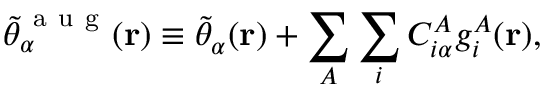
\tilde { \theta } _ { \alpha } ^ { \mathrm { ~ a ~ u ~ g ~ } } ( \mathbf { r } ) \equiv \tilde { \theta } _ { \alpha } ( \mathbf { r } ) + \sum _ { A } \sum _ { i } C _ { i \alpha } ^ { A } g _ { i } ^ { A } ( \mathbf { r } ) ,